Leaving Certificate Examination (including Day School Certificate (Higher) General paper), 1939
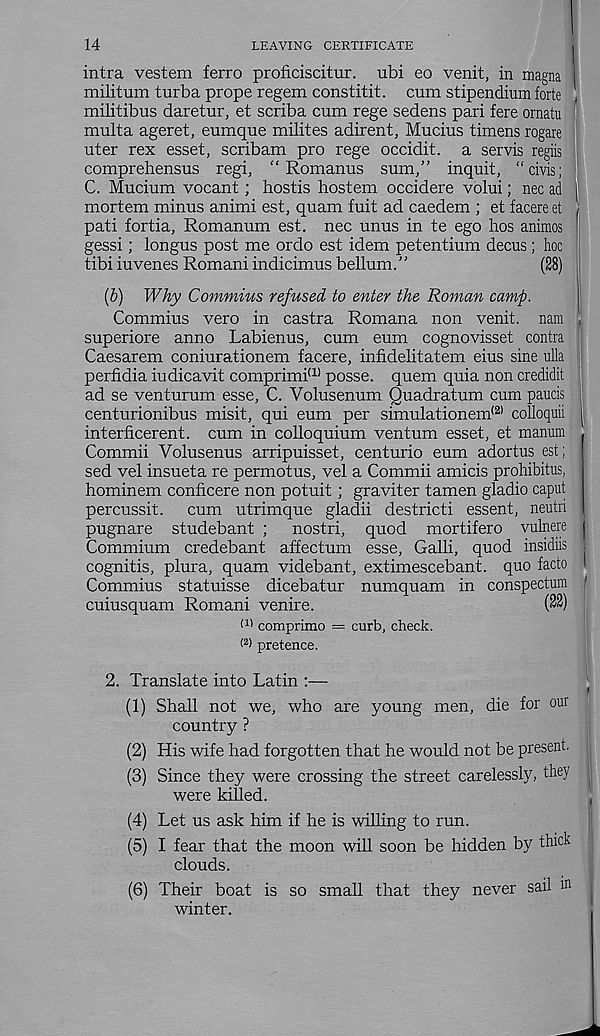
14
LEAVING CERTIFICATE
intra vestem ferro proficiscitur. ubi eo venit, in magna I
militum turba prope regem constitit. cum stipendium forte '
militibus daretur, et scriba cum rege sedens pari fere ornatu
multa ageret, eumque milites adirent, Mucius timens rogare
uter rex esset, scribam pro rege occidit. a servis regiis
comprehensus regi, “ Romanus sum,” inquit, “civis;
C. Mucium vocant; hostis hostem occidere volui; nec ad I
mortem minus animi est, quam fuit ad caedem ; et facere et
pati fortia, Romanum est. nec unus in te ego hos animos
gessi; longus post me ordo est idem petentium decus; hoc
tibi iuvenes Romani indicimus bellum.'’
(28)
(b) Why Commius refused to enter the Roman camp.
Commius vero in castra Romana non venit. nam
superiore anno Labienus, cum eum cognovisset contra
Caesarem coniurationem facere, infidelitatem eius sine ulla |
perfidia iudicavit comprimi <:l) posse, quern quia non credidit
ad se venturum esse, C. Volusenum Quadratum cum paucis |
centurionibus misit, qui eum per simulationem <2) colloquii i
interficerent. cum in colloquium ventum esset, et manum ,
Commii Volusenus arripuisset, centurio eum adortus est;
sed vel insueta re permotus, vel a Commii amicis prohibitus,
hominem conficere non potuit; graviter tamen gladio caput
percussit. cum utrimque gladii destricti essent, neutri
pugnare studebant ; nostri, quod mortifero vulnere
Commium credebant affectum esse, Galli, quod insidiis
cognitis, plura, quam videbant, extimescebant. quo facto I
Commius statuisse dicebatur numquam in conspectum f
cuiusquam Romani venire.
(22)
f 11 comprimo = curb, check.
(2 > pretence.
2. Translate into Latin :—
(1) Shall not we, who are young men, die for our
country ?
(2) His wife had forgotten that he would not be present.
(3) Since they were crossing the street carelessly, they
were killed.
(4) Let us ask him if he is willing to run.
(5) I fear that the moon will soon be hidden by thick
clouds.
(6) Their boat is so small that they never sail in
winter.